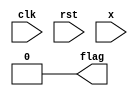
`timescale 1ns/100ps
module cycle (clk, rst, x, flag);
	input wire clk;						//clock signal
	input wire [7:0] rst;		//is init val changed?
	input wire [7:0] x;					//t+1 gene state
	output reg flag;					//cycle has occured!
	reg [3:0] cnt;						//counter
	reg [7:0] state_1;					//state of x[t]
	reg [7:0] state_2;					//state of x[t-1]

	always @(rst) begin	//if init val changed
		flag = 0;					//reset cycle  flag
		cnt = 0;					//counter reset
	end

	always @(posedge clk) begin		//synchronized with positive edge clock signal
		cnt <= cnt + 1;				//counter++
		if (cnt > 2) begin			//when counter > 2
			if (state_2 == x && state_1 != x) begin			//when x[t-1] == x[t+1]
				flag = 1;									//It's cycle
				$display("init: %d -> cycle_pnt: %b", rst, x);
			end else
				flag = 0;
		end
		state_2 = state_1;			//save x[t-1]
		state_1 = x;				//save x[t]
	end
endmodule